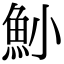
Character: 𩵖